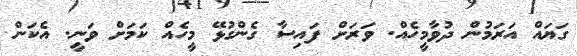
ގަޔައް އަރަމުން ދުވާމީހެއް. ވަރަށް ފައިސާ ގެންގުޅޭ މީހެއް ކަމަށް ވަނީ. އެކަން